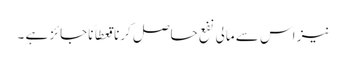
نیز اس سے مالی نفع حاصل کرنا قعطاً ناجائز ہے ۔